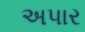
અપાર